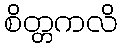
စိတ္တကလိ